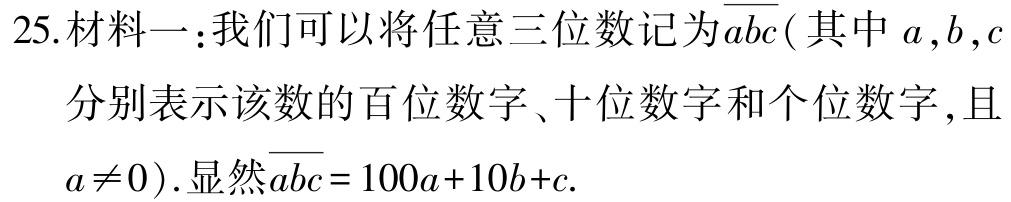
25.材料一：我们可以将任意三位数记为$\overline{abc}( $其中$a,b,c$分别表示该数的百位数字、十位数字和个位数字,且$a\neq0)$.显然$\overline{abc}=100a + 10b + c.$